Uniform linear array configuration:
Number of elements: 48
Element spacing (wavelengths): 0.25
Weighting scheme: uniform
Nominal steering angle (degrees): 15
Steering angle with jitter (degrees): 15.851
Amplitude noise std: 0.05
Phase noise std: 0.05

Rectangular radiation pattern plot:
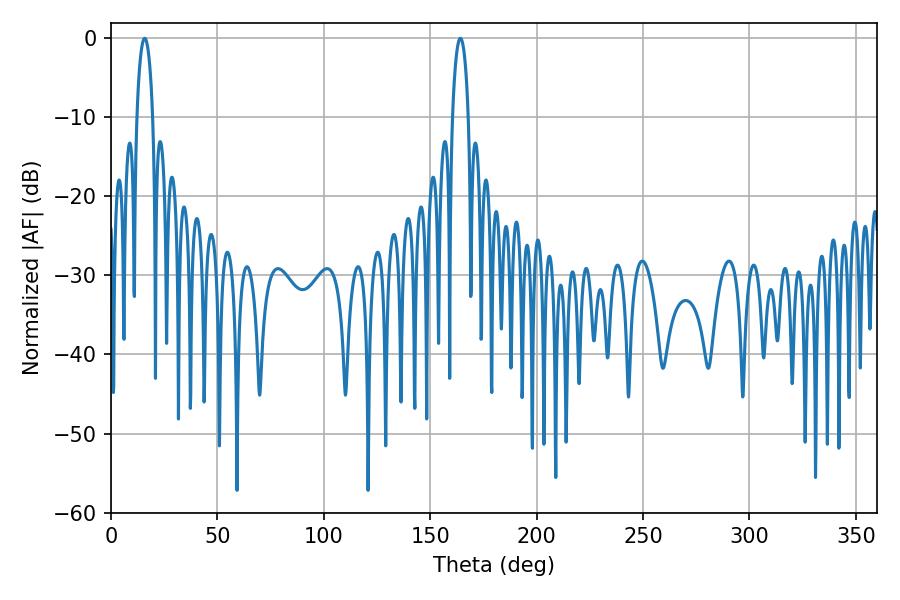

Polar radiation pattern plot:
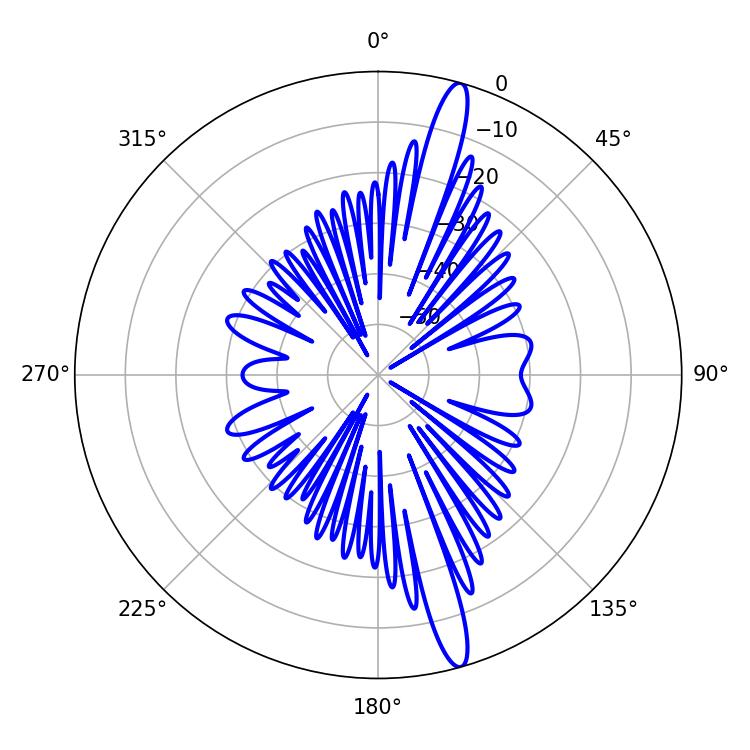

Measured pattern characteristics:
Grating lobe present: FALSE
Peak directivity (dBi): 16.299
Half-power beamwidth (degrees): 4.32
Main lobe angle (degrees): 15.84